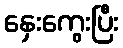
နှေးကွေးပြီး